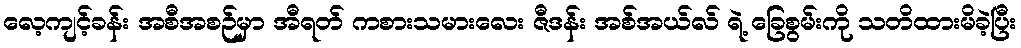
လေ့ကျင့်ခန်း အစီအစဉ်မှာ အီရတ် ကစားသမားလေး ဇီဒန်း အစ်အယ်လ် ရဲ့ ခြေစွမ်းကို သတိထားမိခဲ့ပြီး